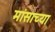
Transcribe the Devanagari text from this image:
मांसाच्या